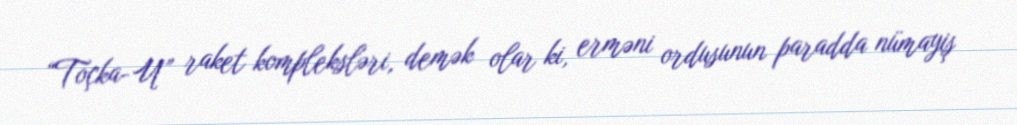
“Toçka-U” raket kompleksləri, demək olar ki, erməni ordusunun paradda nümayiş